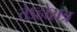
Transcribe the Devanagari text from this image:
तेऽहोरात्र